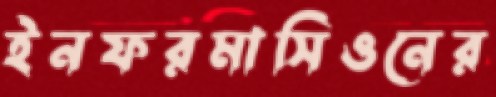
ইনফরমাসিওনের